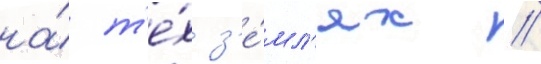
на́ т'е́х з'е́мл'ях /